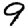
Digit: 9